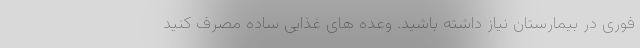
فوری در بیمارستان نیاز داشته باشید. وعده های غذایی ساده مصرف کنید